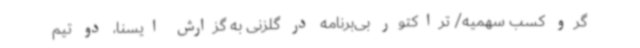
گرو کسب سهمیه/ تراکتور بی‌برنامه در گلزنی به گزارش ایسنا، دو تیم